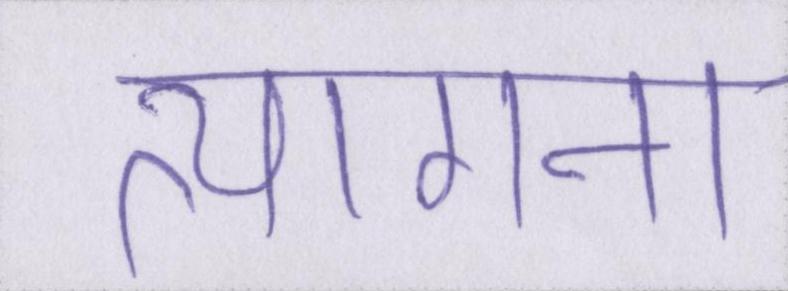
त्यागना